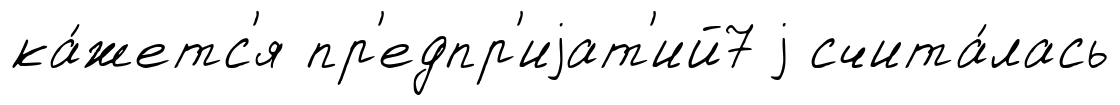
ка́жетс'я пр'едпр'иjат'ий7 j счита́лась